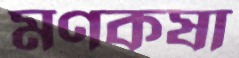
মণকষা